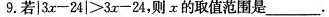
9.若$$| 3 x - 2 4 | > 3 x - 2 4$$，则x的取值范围是___。